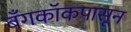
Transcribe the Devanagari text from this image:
बँगकॉकपासून